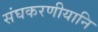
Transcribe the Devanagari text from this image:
संघकरणीयानि